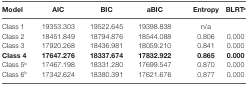
<table><thead><tr><td><b>Model</b></td><td><b>AIC</b></td><td><b>BIC</b></td><td><b>aBIC</b></td><td><b>Entropy</b></td><td><b>BLRT<sup>a</sup></b></td></tr></thead><tbody><tr><td>Class 1</td><td>19353.303</td><td>19522.645</td><td>19398.838</td><td>n/a</td><td></td></tr><tr><td>Class 2</td><td>18451.849</td><td>18794.876</td><td>18544.088</td><td>0.806</td><td>0.000</td></tr><tr><td>Class 3</td><td>17920.268</td><td>18436.981</td><td>18059.210</td><td>0.841</td><td>0.000</td></tr><tr><td><b>Class 4</b></td><td><b>17647.276</b></td><td><b>18337.674</b></td><td><b>17832.922</b></td><td><b>0.865</b></td><td><b>0.000</b></td></tr><tr><td>Class 5<sup>b</sup></td><td>17467.198</td><td>18331.280</td><td>17699.547</td><td>0.870</td><td>0.000</td></tr><tr><td>Class 6<sup>b</sup></td><td>17342.624</td><td>18380.391</td><td>17621.676</td><td>0.877</td><td>0.000</td></tr></tbody></table>